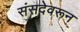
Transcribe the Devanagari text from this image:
संसदेवरून